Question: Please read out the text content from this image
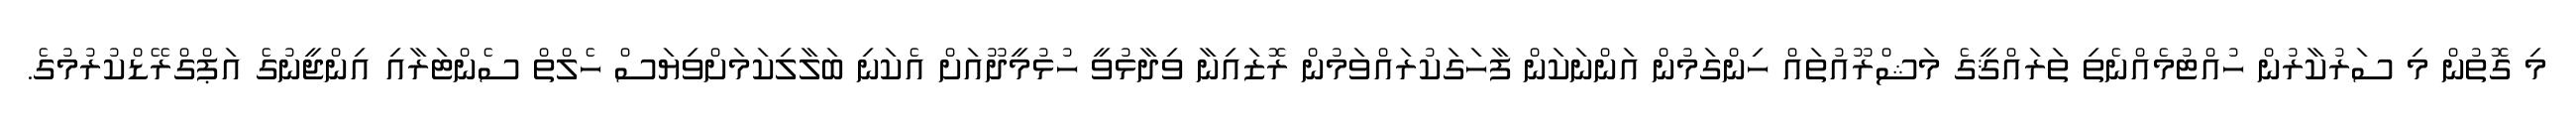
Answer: މި ގޮތުން މި ސަރުކާރުން ހުއްޓުމެއްނެތި ތަރައްޤީގެ މަޝްރޫއުތައް ހިންގަމުން އަންނަކަން ފާހަގަކުރައްވަމުން ރޮޒައިނާ ވިދާޅުވީ ހުޅުމީދޫއަށް އެކަނި ބަލާލިކަމަށްވިޔަސް ހެލްތް ސެންޓަރާއި އިންޖީނުގެ އަޕްގްރޭޑްކުރުމުގެ.